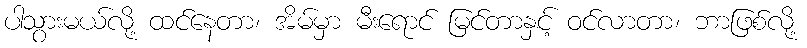
ပါသွားမယ်လို့ ထင်နေတာ၊ အိမ်မှာ မီးရောင် မြင်တာနှင့် ဝင်လာတာ၊ ဘာဖြစ်လို့